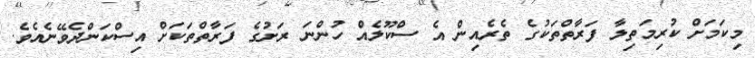
މިކަމަށް ކުރިމަތިލާ ފަރާތްތަކުގެ ތެރެއިން އެ ސްކޫލެއް ހުންނަ ރަށުގެ ފަރާތްތަކަށް އިސްކަންދެވޭނެއެވެ.